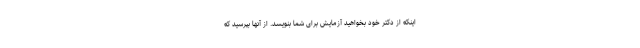
اینکه از دکتر خود بخواهید آزمایش برای شما بنویسد. از آنها بپرسید که